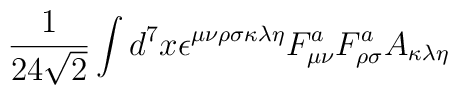
\frac{1}{24\sqrt{2}}\int d^{7}x\epsilon ^{\mu \nu \rho \sigma \kappa \lambda\eta }F_{\mu \nu }^{a}F_{\rho \sigma }^{a}A_{\kappa \lambda \eta }